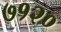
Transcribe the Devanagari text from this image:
७१२०